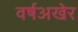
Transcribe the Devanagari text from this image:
वर्षअखेर